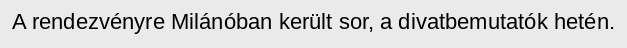
A rendezvényre Milánóban került sor, a divatbemutatók hetén.